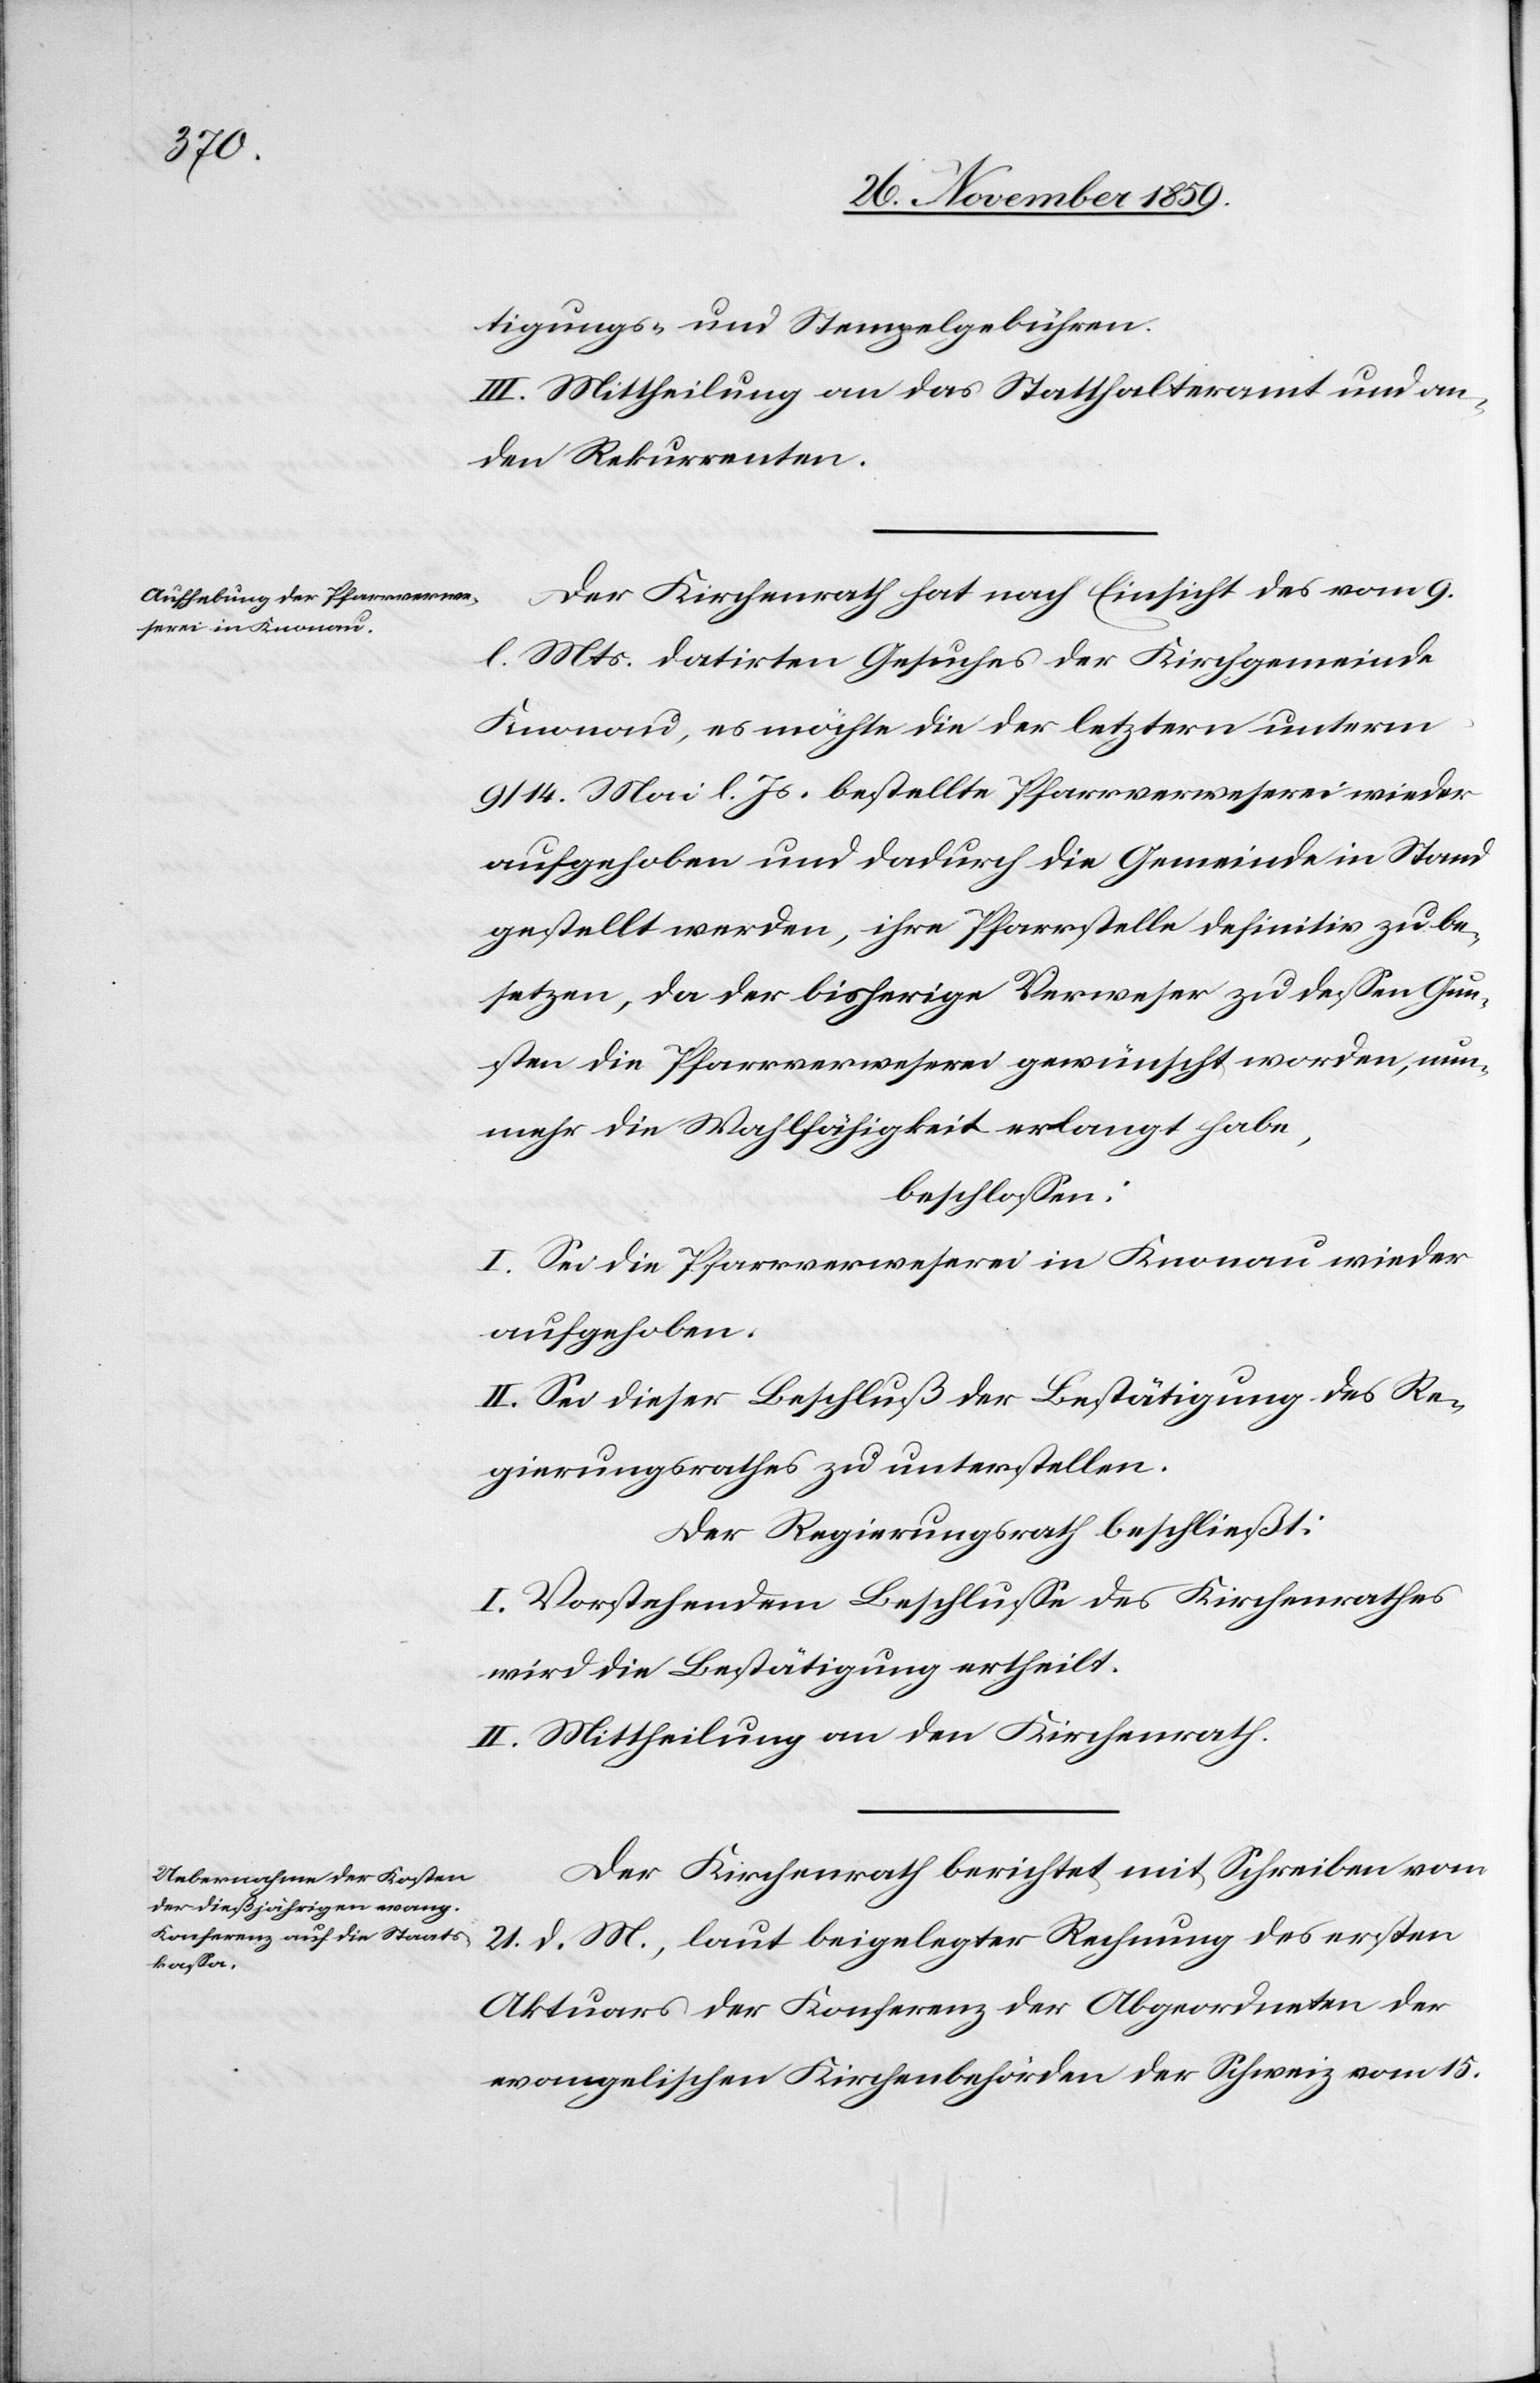
tigungs- und Stempelgebühren.
III. Mittheilung an das Statthalteramt und an
den Rekurrenten.
Der Kirchenrath hat nach Einsicht des vom 9.
l. Mts. datirten Gesuches der Kirchgemeinde
Knonau, es möchte die der letztern unterm
9/14. Mai l. Js. bestellte Pfarrverweserei wieder
aufgehoben und dadurch die Gemeinde in Stand
gestellt werden, ihre Pfarrstelle definitiv zu be¬
setzen, da der bisherige Verweser zu dessen Gun¬
sten die Pfarrverweserei gewünscht worden, nun¬
mehr die Wahlfähigkeit erlangt habe,
beschlossen:
I. Sei die Pfarrverweserei in Knonau wieder
aufgehoben.
II. Sei dieser Beschluß der Bestätigung des Re¬
gierungsrathes zu unterstellen.
Der Regierungsrath beschließt:
I. Vorstehendem Beschlusse des Kirchenrathes
wird die Bestätigung ertheilt.
II. Mittheilung an den Kirchenrath.
Der Kirchenrath berichtet mit Schreiben vom
21. d. M., laut beigelegter Rechnung des ersten
Aktuars der Konferenz der Abgeordneten der
evangelischen Kirchenbehörden der Schweiz vom 15.